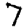
Digit: 7